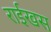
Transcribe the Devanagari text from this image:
राईखस